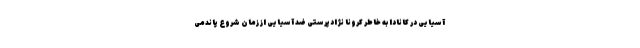
آسیایی در کانادا به خاطر کرونا نژادپرستی ضد آسیایی از زمان شروع پاندمی